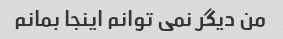
من دیگر نمی توانم اینجا بمانم